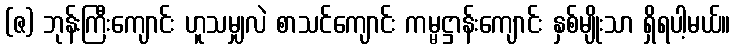
(ဇ) ဘုန်းကြီးကျောင်း ဟူသမျှလဲ စာသင်ကျောင်း ကမ္မဋ္ဌာန်းကျောင်း နှစ်မျိုးသာ ရှိရပါ့မယ်။